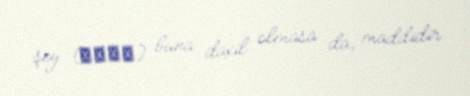
şey (τινά) buna daxil olmasa da, maddidir.